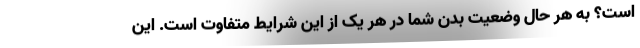
است؟ به هر حال وضعیت بدن شما در هر یک از این شرایط متفاوت است. این